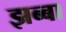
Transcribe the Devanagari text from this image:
झब्बा